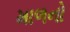
માળનો